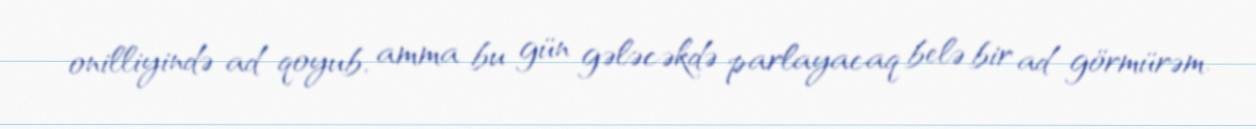
onilliyində ad qoyub, amma bu gün gələcəkdə parlayacaq belə bir ad görmürəm.